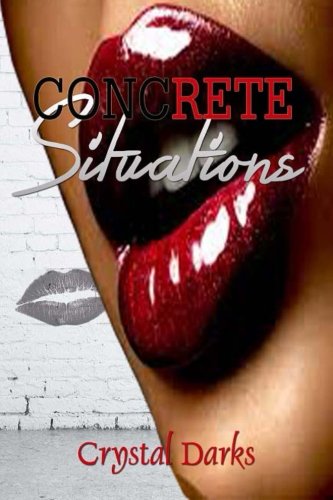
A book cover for Concrete Situations (Situations Series) (Volume 1); Crystal Darks; Literature & Fiction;